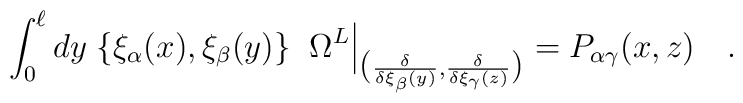
\int_0^\ell dy\;\{\xi_\alpha(x),\xi_\beta(y)\}\;\;\Omega ^L\Big|_{\big({\delta\over \delta\xi_\beta(y)},{\delta\over \delta\xi_\gamma(z)}\big)}=P_{\alpha\gamma}(x,z) \quad.